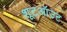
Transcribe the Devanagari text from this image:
शूटऑउट